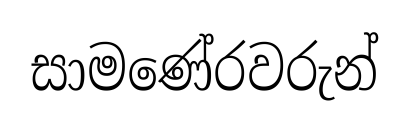
සාමණේරවරුන්